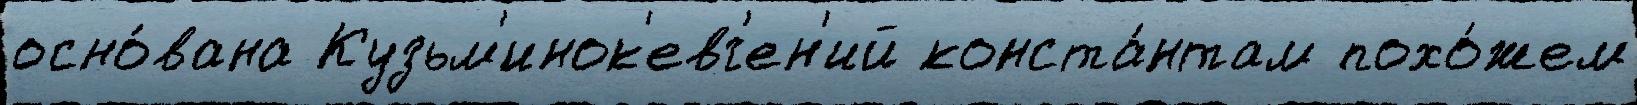
осно́вана Кузьм'инок'евг'ен'ий конста́нтам похо́жем